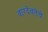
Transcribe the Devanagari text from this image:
वाग्देवतेचे